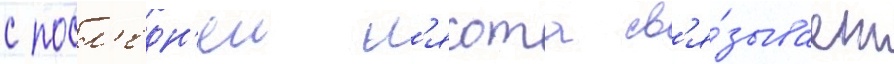
с посл'едн'еи л'ясота св'я́зывает